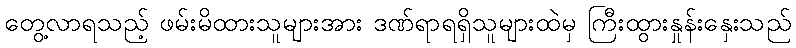
တွေ့လာရသည့် ဖမ်းမိထားသူများအား ဒဏ်ရာရရှိသူများထဲမှ ကြီးထွားနှုန်းနှေးသည်